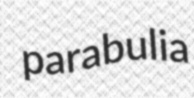
parabulia